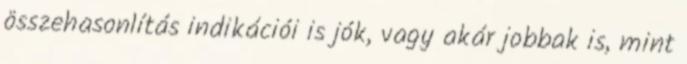
összehasonlítás indikációi is jók, vagy akár jobbak is, mint